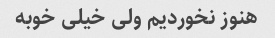
هنوز نخوردیم ولی خیلی خوبه